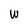
Character: W